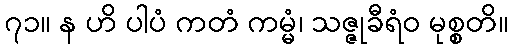
၇၁။ န ဟိ ပါပံ ကတံ ကမ္မံ၊ သဇ္ဇုခီရံဝ မုစ္စတိ။